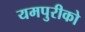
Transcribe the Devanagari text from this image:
यमपुरीको